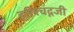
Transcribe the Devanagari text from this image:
हरिश्चंद्गजी